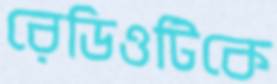
রেডিওটিকে